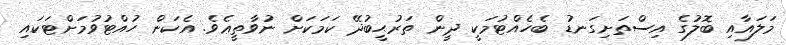
މަލައާއި ބޮލުގެ އިސްތަށިގަނޑު ބެހެއްޓުމަކީ ދީން ތަރުޙީބުދޭ ކަމަކަށް ނުވާތީޢެވެ. އެކަން ހުއްޓުވުމަށްޓަކައި